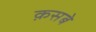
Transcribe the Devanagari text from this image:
क़सबे